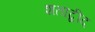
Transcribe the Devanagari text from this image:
शताब्दीद